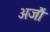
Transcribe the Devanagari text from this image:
अजौं